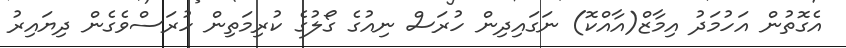
އެގޮތުން އަހުމަދު އިމާޒް(އާއްކޮ) ނަގައިދިން ހުރަސް ނިއުގެ ގޯލުގެ ކުރިމަތިން ހުރަސްވެގެން ދިޔައިރު